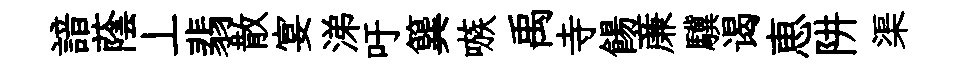
諳蔭丄翡散宴涕吁簨嗾禹寺餳亷驥谒恵阱渠